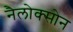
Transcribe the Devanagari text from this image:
नैलोक्सोन